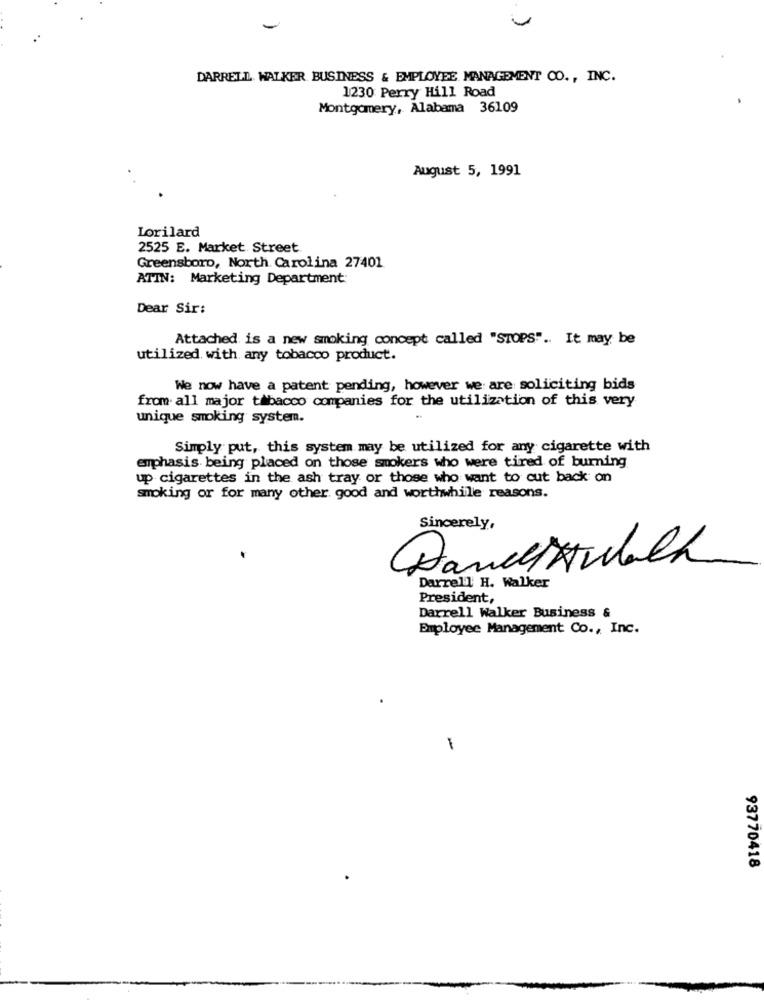
DARRELL WALKER BUSINESS & EMPLOYEE MANAGEMENT CO ., INC.
1230 Perry Hill Road
Montgomery, Alabama 361.09
August 5, 1991
Lorilard
2525 E. Market Street
Greensboro, North Carolina 27401
ATIN: Marketing Department:
Dear Sir:
Attached is a new smoking concept called "STOPS" .. It may be
utilized. with any tobacco product.
We now have a patent pending, however we are soliciting bids
from all major tabacco companies for the utilization of this very
unique smoking system.
Simply put, this system may be utilized for any cigarette with
emphasis being placed on those smokers who were tired of burning
up cigarettes in the ash tray or those who want to cut back on
smoking or for many other good and worthwhile reasons.
Sincerely,
Daniel Awalk
Darrell H. Walker
President,
Darrell Walker Business &
Employee Management Co ., Inc.
93770418